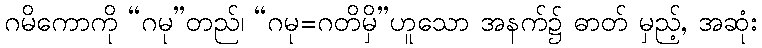
ဂမိကောကို “ဂမု”တည်၊ “ဂမု=ဂတိမှိ”ဟူသော အနက်၌ ဓာတ် မှည့်, အဆုံး